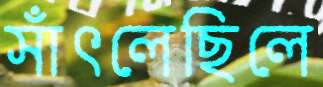
সাঁৎলেছিলে